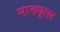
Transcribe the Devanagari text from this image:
माड्यूलर